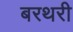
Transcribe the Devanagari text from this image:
बरथरी